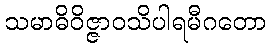
သမာဓိဝိဇ္ဇာဝသိပါရမီဂတော